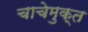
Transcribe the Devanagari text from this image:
चाचेमुक्त